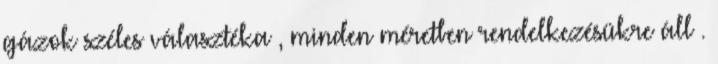
gázok széles választéka , minden méretben rendelkezésükre áll .